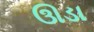
ઊડા